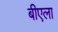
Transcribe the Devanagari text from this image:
बीएला